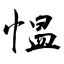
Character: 愠